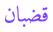
قضبان